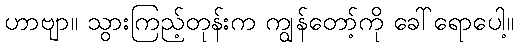
ဟာဗျာ။ သွားကြည့်တုန်းက ကျွန်တော့်ကို ခေါ်ရောပေါ့။